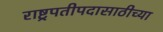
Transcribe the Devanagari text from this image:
राष्ट्रपतीपदासाठीच्या